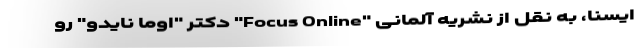
ایسنا، به نقل از نشریه آلمانی "Focus Online" دکتر "اوما نایدو" رو